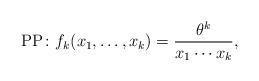
LaTeX: \begin{align*}{\rm PP\!:\ } f_k(x_1,\dots,x_k) = \frac{\theta^k}{x_1 \cdots x_k},\end{align*}